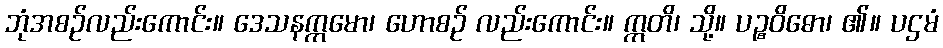
ဘုံအစဉ်လည်းကောင်း။ ဒေသနက္ကမော၊ ဟောစဉ် လည်းကောင်း။ ဣတိ၊ သို့။ ပဉ္စဝိဓော၊ ၏။ ပဌမံ